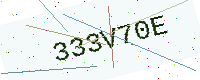
Text: 333V70E